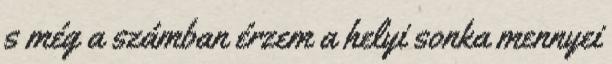
s még a számban érzem a helyi sonka mennyei